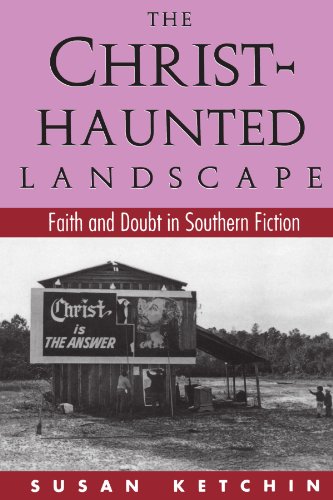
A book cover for The Christ-Haunted Landscape: Faith and Doubt in Southern Fiction; Susan Ketchin; Literature & Fiction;